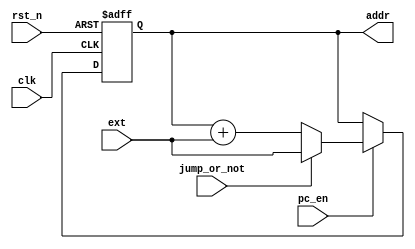
`timescale 1ns / 1ps
//////////////////////////////////////////////////////////////////////////////////
// Company: 
// Engineer: 
// 
// Design Name: 
// Module Name:    program_counter 
// Project Name: 
// Target Devices: 
// Tool versions: 
// Description: 
//
// Dependencies: 
//
// Revision: 
// Revision 0.01 - File Created
// Additional Comments: 
//
//////////////////////////////////////////////////////////////////////////////////
module program_counter(
	input clk,rst_n,pc_en,
	input jump_or_not,
	input [15:0]ext,
	output reg[15:0]addr
    );
	always@(posedge clk or negedge rst_n)begin
		if(!rst_n)addr<=16'h0000;
		else if(pc_en)begin
			if(jump_or_not)addr<=ext;
			else addr<=addr+ext;
		end
	end
endmodule